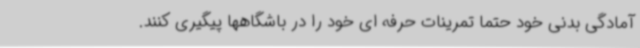
آمادگی بدنی خود حتما تمرینات حرفه ای خود را در باشگاهها پیگیری کنند.